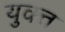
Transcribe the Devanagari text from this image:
युक्त्त